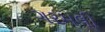
ગરમલી